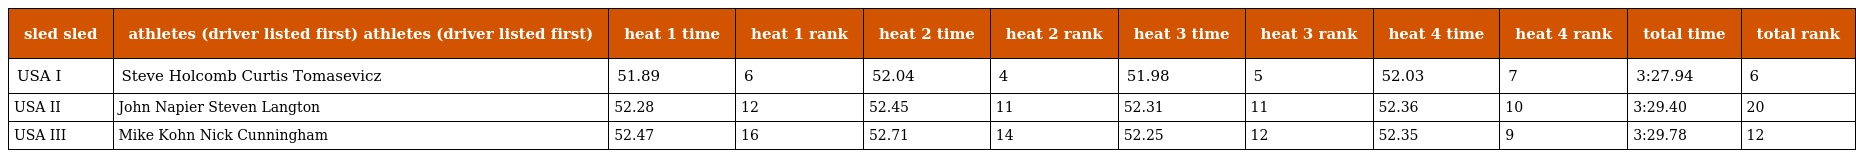
| sled sled | athletes (driver listed first) athletes (driver listed first) | heat 1 time | heat 1 rank | heat 2 time | heat 2 rank | heat 3 time | heat 3 rank | heat 4 time | heat 4 rank | total time | total rank |
 | --- | --- | --- | --- | --- | --- | --- | --- | --- | --- | --- | --- |
 | USA I | Steve Holcomb Curtis Tomasevicz | 51.89 | 6 | 52.04 | 4 | 51.98 | 5 | 52.03 | 7 | 3:27.94 | 6 |
 | USA II | John Napier Steven Langton | 52.28 | 12 | 52.45 | 11 | 52.31 | 11 | 52.36 | 10 | 3:29.40 | 20 |
 | USA III | Mike Kohn Nick Cunningham | 52.47 | 16 | 52.71 | 14 | 52.25 | 12 | 52.35 | 9 | 3:29.78 | 12 |